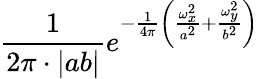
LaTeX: {\frac{1}{2\pi\cdot|ab|}}e^{-{\frac{1}{4\pi}}\left({\frac{\omega_{x}^{2}}{a^{2}}}+{\frac{\omega_{y}^{2}}{b^{2}}}\right)}